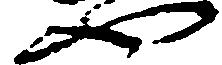
や